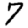
Digit: 7